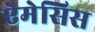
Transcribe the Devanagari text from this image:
ऐमेसिस